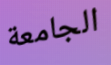
الجامعة